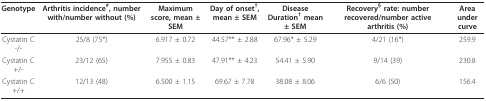
| Genotype | Arthritis incidence#, number with/number without (%) | Maximum score, mean ± SEM | Day of onset†, mean ± SEM | Disease Duration† mean ± SEM | Recovery§ rate: number recovered/number active arthritis (%) | Area under curve |
 | --- | --- | --- | --- | --- | --- | --- |
 | Cystatin C -/- | 25/8 (75*) | 6.917 ± 0.72 | 44.57** ± 2.88 | 67.96* ± 5.29 | 4/21 (16*) | 259.9 |
 | Cystatin C +/- | 23/12 (65) | 7.955 ± 0.83 | 47.91** ± 4.23 | 54.41 ± 5.90 | 9/14 (39) | 230.8 |
 | Cystatin C +/+ | 12/13 (48) | 6.500 ± 1.15 | 69.67 ± 7.78 | 38.08 ± 8.06 | 6/6 (50) | 156.4 |